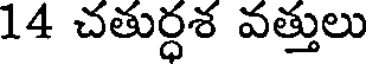
14 చతుర్ధశ వత్తులు